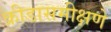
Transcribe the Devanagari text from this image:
क्रीडासमीक्षणे